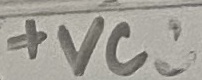
Text: +VCC